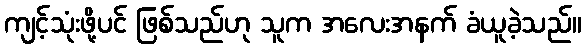
ကျင့်သုံးဖို့ပင် ဖြစ်သည်ဟု သူက အလေးအနက် ခံယူခဲ့သည်။